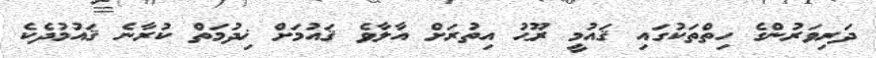
ދަރިވަރުންގެ ހިތްތަކުގައި ޤައުމީ ރޫޙު އިތުރަށް އާލާވެ ޤައުމަށް ޚިދުމަތް ކުރާނެ ޤައުމުދެކެ